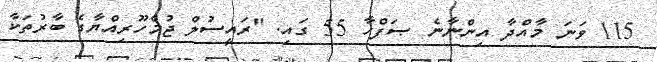
115 ވަނަ މާއްދާ އިންނާނެ ޞަފްހާ 55 ގައި. "ރައީސުލް ޖުމްހޫރިއްޔާގެ ބާރުތަކާ